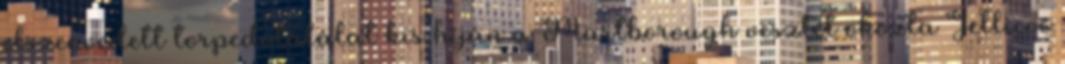
elszenvedett torpedótalálat kis híján a Marlborough vesztét okozta Jellicoe